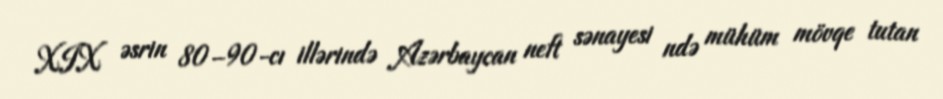
XIX əsrin 80–90-cı illərində Azərbaycan neft sənayesi ndə mühüm mövqe tutan